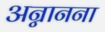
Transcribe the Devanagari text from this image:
अन्नानना